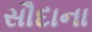
સૌદાના